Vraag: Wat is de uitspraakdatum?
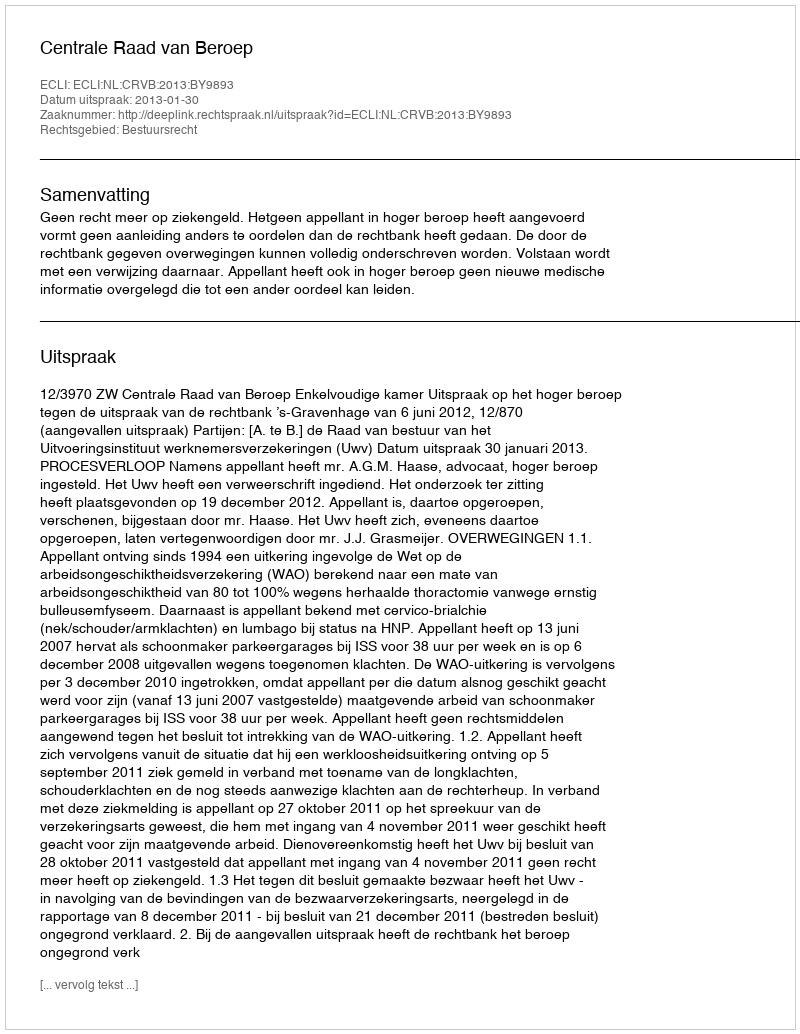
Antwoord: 2013-01-30